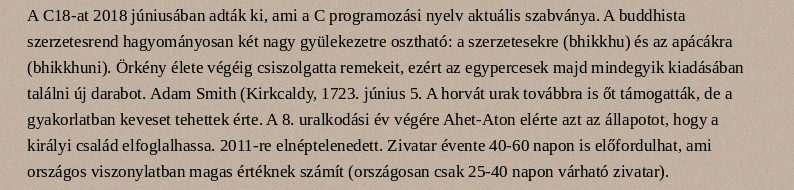
A C18-at 2018 júniusában adták ki, ami a C programozási nyelv aktuális szabványa. A buddhista szerzetesrend hagyományosan két nagy gyülekezetre osztható: a szerzetesekre (bhikkhu) és az apácákra (bhikkhuni). Örkény élete végéig csiszolgatta remekeit, ezért az egypercesek majd mindegyik kiadásában találni új darabot. Adam Smith (Kirkcaldy, 1723. június 5. A horvát urak továbbra is őt támogatták, de a gyakorlatban keveset tehettek érte. A 8. uralkodási év végére Ahet-Aton elérte azt az állapotot, hogy a királyi család elfoglalhassa. 2011-re elnéptelenedett. Zivatar évente 40-60 napon is előfordulhat, ami országos viszonylatban magas értéknek számít (országosan csak 25-40 napon várható zivatar).